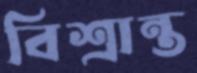
বিশ্রান্ত